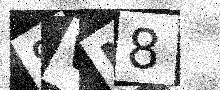
Text: 8VN8